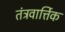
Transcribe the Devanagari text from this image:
तंत्रवार्त्तिक